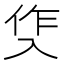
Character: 𭁀